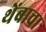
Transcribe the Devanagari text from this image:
थेंबाचा